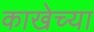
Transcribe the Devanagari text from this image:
काखेच्या